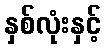
နှစ်လုံးနှင့်